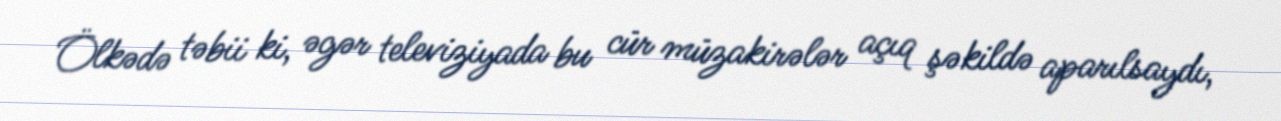
Ölkədə təbii ki, əgər televiziyada bu cür müzakirələr açıq şəkildə aparılsaydı,